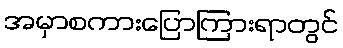
အမှာစကားပြောကြားရာတွင်